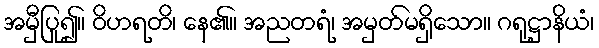
အမှီပြု၍။ ဝိဟရတိ၊ နေ၏။ အညတရံ၊ အမှတ်မရှိသော။ ဂရုဋ္ဌာနိယံ၊